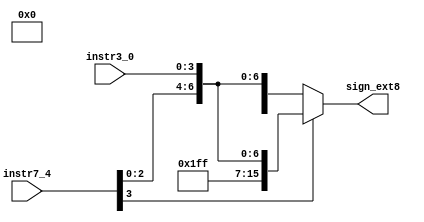
`timescale 1ns / 1ps
//////////////////////////////////////////////////////////////////////////////////
// Company: 
// Engineer: 
// 
// Design Name: 
// Module Name:    signxtender 
// Project Name: 
// Target Devices: 
// Tool versions: 
// Description: 
//
// Dependencies: 
//
// Revision: 
// Revision 0.01 - File Created
// Additional Comments: 
//
//////////////////////////////////////////////////////////////////////////////////
module signextender(instr7_4,instr3_0,sign_ext8);
input [3:0] instr7_4,instr3_0;
output [15:0] sign_ext8;
reg [15:0] sign_ext8;
wire [7:0] A,B;
wire [7:0] in;
assign in={instr7_4,instr3_0};
assign A=8'b11111111;
assign B=8'b00000000;
always @ (in)
begin
  if (in[7]==0)//use the msb to determine extension bits
    sign_ext8={B,in};
  else
    sign_ext8={A,in};
end
endmodule